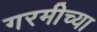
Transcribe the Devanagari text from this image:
गरमीच्या